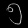
Digit: ၅